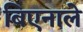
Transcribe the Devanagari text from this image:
बिएनाले